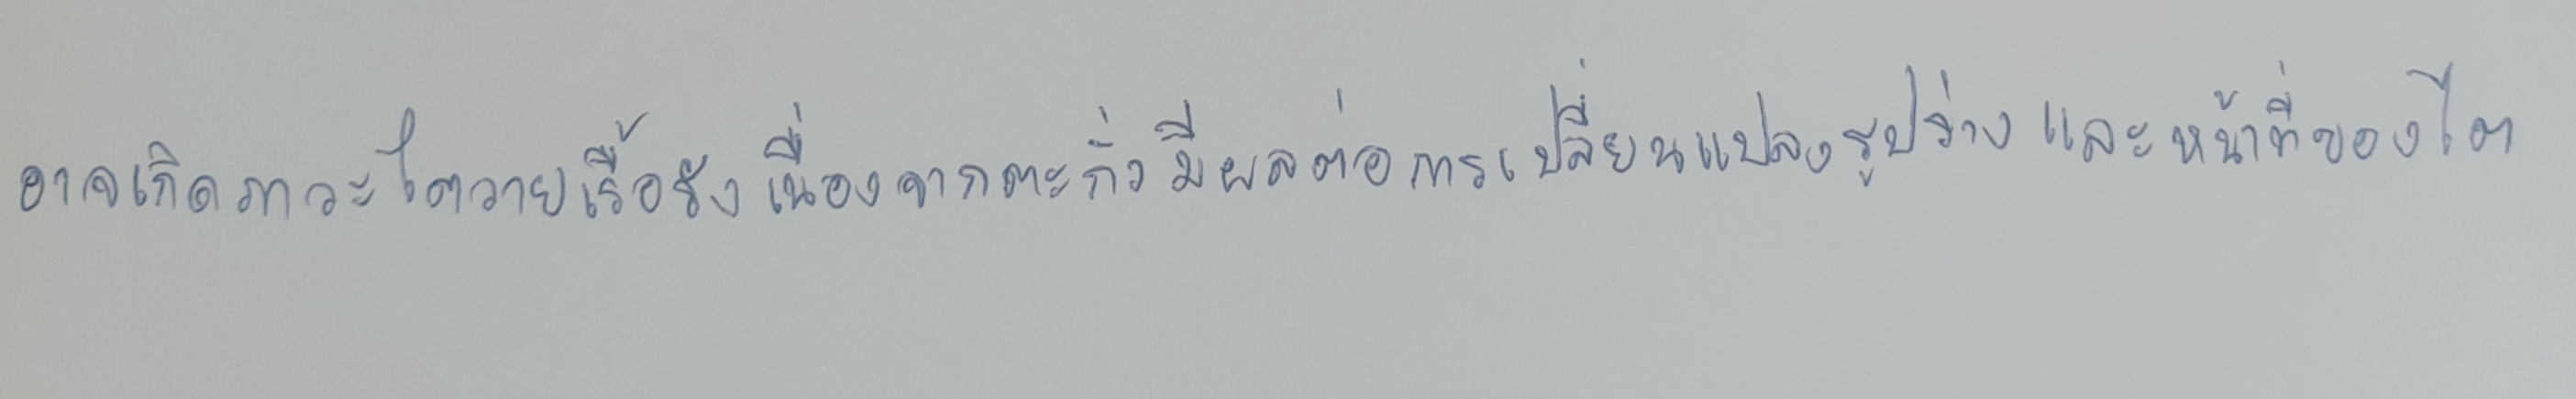
อาจเกิดภาวะไตวายเรื้อรังเนื่องจากตะกั่วมีผลต่อการเปลี่ยนแปลงรูปร่างและหน้าที่ของไต